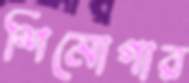
শিমোগার